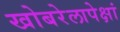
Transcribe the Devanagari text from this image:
खोबरेलापेक्षां